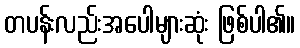
တပန်းလည်းအပေါများဆုံး ဖြစ်ပါ၏။